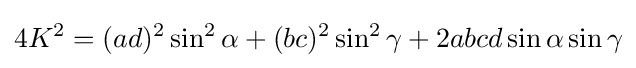
4K^{2}=(ad)^{2}\sin ^{2}\alpha +(bc)^{2}\sin ^{2}\gamma +2abcd\sin \alpha \sin \gamma